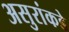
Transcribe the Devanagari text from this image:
असुरांकडे